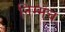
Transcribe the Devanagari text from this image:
निम्मेच